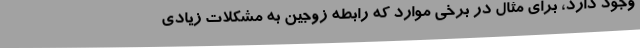
وجود دارد، برای مثال در برخی موارد که رابطه زوجین به مشکلات زیادی